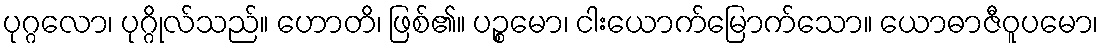
ပုဂ္ဂလော၊ ပုဂ္ဂိုလ်သည်။ ဟောတိ၊ ဖြစ်၏။ ပဉ္စမော၊ ငါးယောက်မြောက်သော။ ယောဓာဇီဝူပမော၊